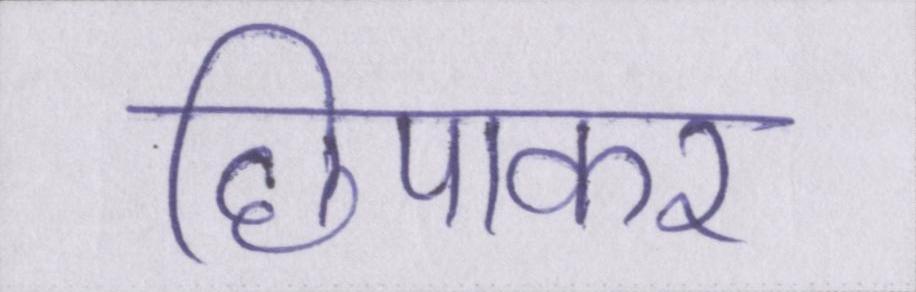
छिपाकर